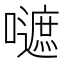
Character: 𡂪